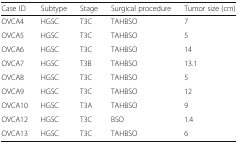
| Case ID | Subtype | Stage | Surgical procedure | Tumor size (cm) |
 | --- | --- | --- | --- | --- |
 | OVCA4 | HGSC | T3C | TAHBSO | 7 |
 | OVCA5 | HGSC | T3C | TAHBSO | 5 |
 | OVCA6 | HGSC | T3C | TAHBSO | 14 |
 | OVCA7 | HGSC | T3B | TAHBSO | 13.1 |
 | OVCA8 | HGSC | T3C | TAHBSO | 5 |
 | OVCA9 | HGSC | T3C | TAHBSO | 12 |
 | OVCA10 | HGSC | T3A | TAHBSO | 9 |
 | OVCA12 | HGSC | T3C | BSO | 1.4 |
 | OVCA13 | HGSC | T3C | TAHBSO | 6 |